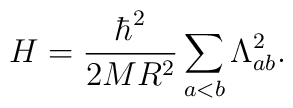
H = \frac{\hbar^2}{2 M R^2}\sum_{a < b} \Lambda_{a b}^2.